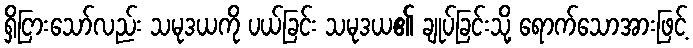
ရှိငြားသော်လည်း သမုဒယကို ပယ်ခြင်း သမုဒယ၏ ချုပ်ခြင်းသို့ ရောက်သောအားဖြင့်